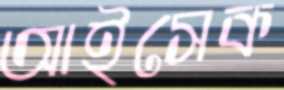
আইসেক